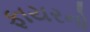
ફાયરનો